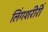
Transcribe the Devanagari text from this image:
लिंगशरीरीं